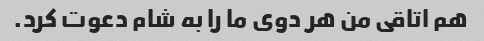
هم اتاقی من هر دوی ما را به شام ​​دعوت کرد.